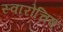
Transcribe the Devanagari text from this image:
स्वारोचिष्‌